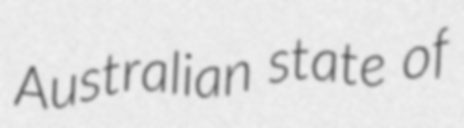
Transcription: Australian state of